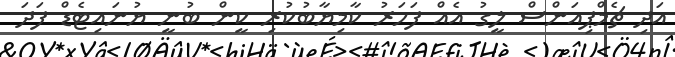
އަދި ޗެމްޕިއަންސް ލީގު އެއް ފަހަރު ކާމިޔާބުކުރި ކީން ބުނީ ޔުނައިޓެޑް ފަދަ